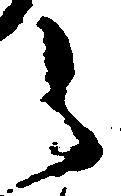
之